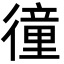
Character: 徸